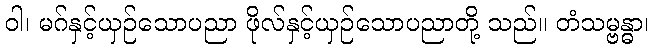
ဝါ၊ မဂ်နှင့်ယှဉ်သောပညာ ဖိုလ်နှင့်ယှဉ်သောပညာတို့ သည်။ တံသမ္ဗန္ဓာ၊